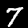
Label: 7